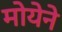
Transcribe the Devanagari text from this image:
मोयेने